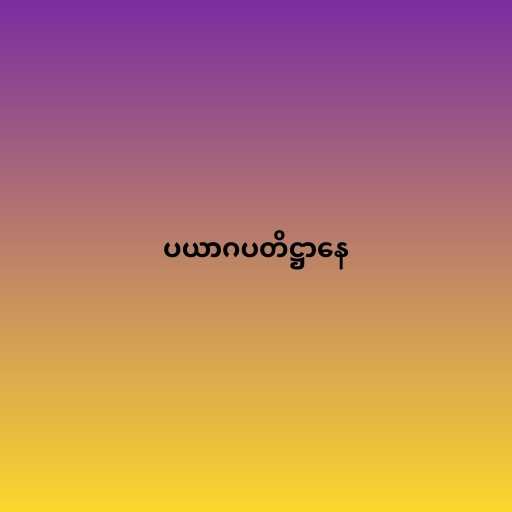
ပယာဂပတိဋ္ဌာနေ